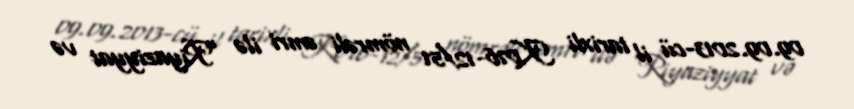
09.09.2013-cü il tarixli K076-12/51 nömrəli əmri ilə “Riyaziyyat və